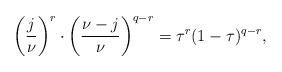
LaTeX: \begin{align*}\left(\frac{j}{\nu}\right)^{r}\cdot\left(\frac{\nu-j}{\nu}\right)^{q-r} = \tau^r(1-\tau)^{q-r},\end{align*}